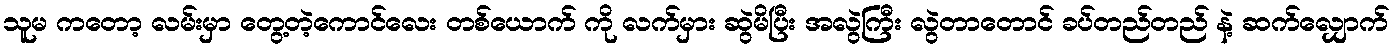
သူမ ကတော့ လမ်းမှာ တွေ့တဲ့ကောင်လေး တစ်ယောက် ကို လက်မှား ဆွဲမိပြီး အလွဲကြီး လွဲတာတောင် ခပ်တည်တည် နဲ့ ဆက်လျှောက်